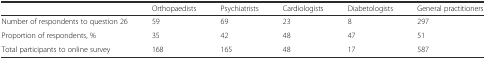
|  | Orthopaedists | Psychiatrists | Cardiologists | Diabetologists | General practitioners |
 | --- | --- | --- | --- | --- | --- |
 | Number of respondents to question 26 | 59 | 69 | 23 | 8 | 297 |
 | Proportion of respondents, % | 35 | 42 | 48 | 47 | 51 |
 | Total participants to online survey | 168 | 165 | 48 | 17 | 587 |